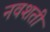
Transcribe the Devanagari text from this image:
नवशती